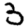
Digit: 3